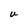
Character: U